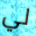
لي